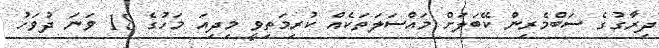
ދިރާގުގެ ސަބްމެރިން ކޭބަލަށް މައްސަލަތަކެއް ކުރިމަތިވީ މިދިއަ މަހުގެ 18 ވަނަ ދުވަހު